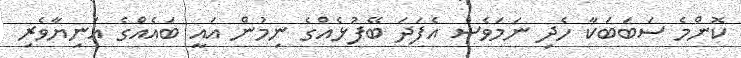
ކޮންމެ ސަބަބަކާ ހެދި ނަމަވެސް އެފަދަ ބޭފުޅެއްގެ ނިމުން އައީ ބައެއްގެ އަނިޔާވެރި